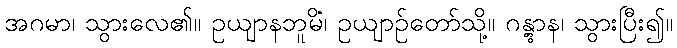
အဂမာ၊ သွားလေ၏။ ဥယျာနဘူမိံ၊ ဥယျာဉ်တော်သို့။ ဂန္တွာန၊ သွားပြီး၍။